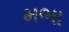
મભા